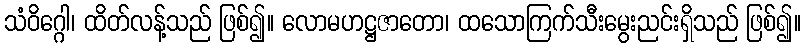
သံဝိဂ္ဂေါ၊ ထိတ်လန့်သည် ဖြစ်၍။ လောမဟဋ္ဌဇာတော၊ ထသောကြက်သီးမွေးညင်းရှိသည် ဖြစ်၍။